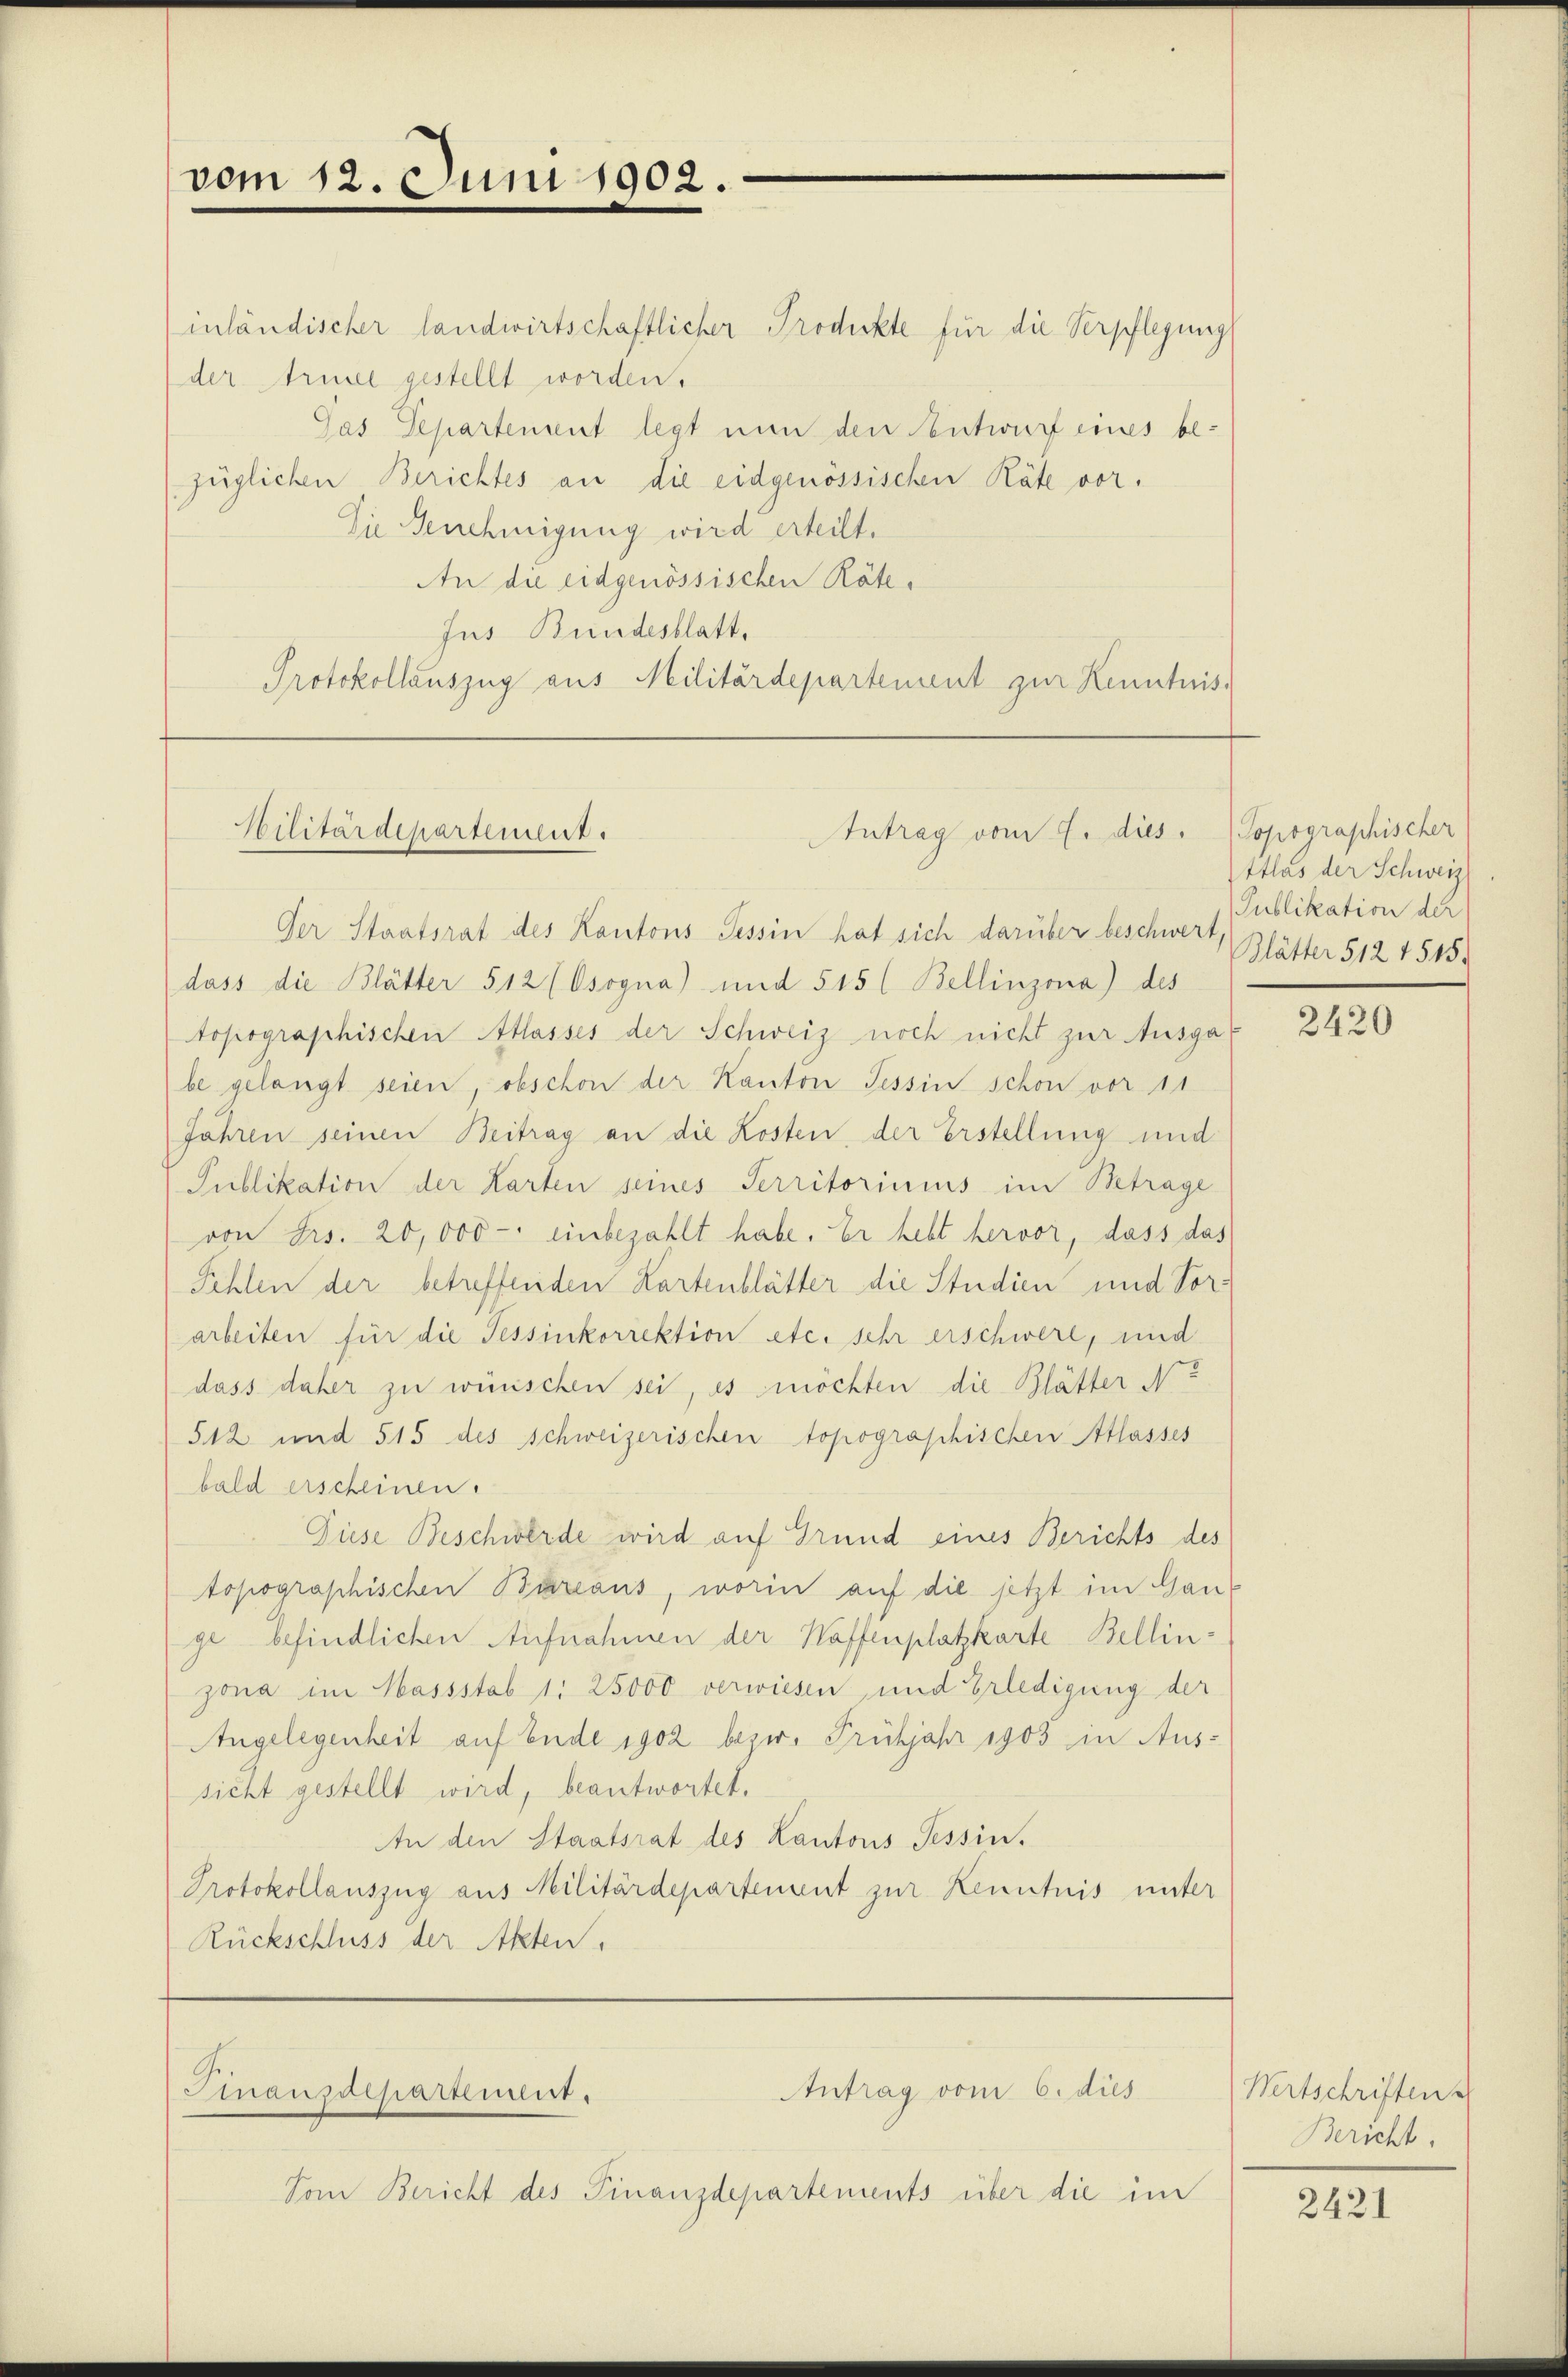
vom 12. Juni 1902.

inländischer landwirtschaftlicher Produkte für die Verpflegung
der Armee gestellt worden.
Gas Departement legt nun den entwurf eines bezüglichen Berichtes an die eidgenössischen Räte vor.
Die Genehmigung wird erteilt.
An die eidgenössischen Räte,
Jus Bundesblatt.
Protokollauszug aus Militärdepartement zur Kenntnis.

Silitärdepartement.

Antrag vom 2. dies. Topographischer

Der Staatsrat des Kantons Tessin hat sich darüber beschwert,
dass die Blätter 512 (Osogna) und 515 (Bellinzona) des
topographischen Atlasses der Schweiz noch nicht zur Ausgabe gelangt seien, obschon der Kanton Tessin schon vor 11
Jahren seinen Beitrag an die Kosten, der Erstellung und
Publikation der Karten seines Serritoriums im Betrage
von Frs. 20,000 - einbezahlt habe. Er hebt hervor, dass das
Fehlen der betreffenden Kartenblätter die Studien und Vorarbeiten für die Tessinkorrektion etc. sehr erschwere, und
dass daher zu wünischen sei, es möchten die Blätter Ne
512 und 515 des Schweizerischen topographischen Atlasses
bald erscheinen.
Diese Beschwerde wird auf Grund eines Berichts des
topographischen Bureaus, worin auf die setzt im Ganz
ge befindlichen Aufnahmen der Waffenplatzkarte Bellinzona im Massstab 1: 25000 verwiesen, und Erledigung der
Angelegenheit auf Ende 1902 bezw. Frühjahr 1903 in Aus-
sicht gestellt wird, beantwortet.
An den Staatsrat des Kantons Tessin.
Protokollauszug aus Militärdepartement zur Kenntnis unter
Rückschluss der Akten.

Antrag vom 6. dies
Finanzdepartement.

Vom Bericht des Finanzdepartements über die im

ttlas der Schweiz
Publikation der
Blätter 512 1545.

2420

Wertschriften
Bericht.

2421